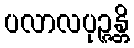
ပလာလပုဉ္ဇန္တိ